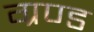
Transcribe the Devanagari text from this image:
ग्रण्ड